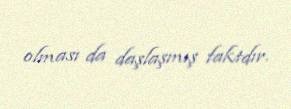
olması da daşlaşmış faktdır.